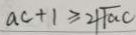
a c + 1 \geq 2 \sqrt { 1 a c }